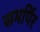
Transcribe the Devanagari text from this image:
समर्पिर